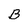
Character: B